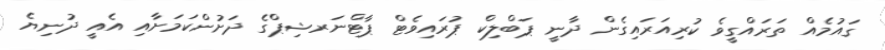
ގައުމެއް ތަރައްގީވެ ކުރިއަރައިގެން ދާނީ ޕަބްލިކް ޕުރައިވެޓް ޕާޓްނަރޝިޕްގެ ދަށުންކަމަށާއި އެއީ ދުނިޔެ